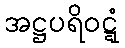
အဋ္ဌပရိဝဋ္ဋံ